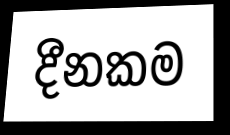
දීනකම